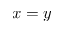
x = y